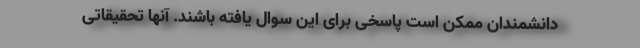
دانشمندان ممکن است پاسخی برای این سوال یافته باشند. آنها تحقیقاتی